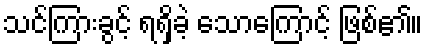
သင်ကြားခွင့် ရရှိခဲ့ သောကြောင့် ဖြစ်၏။